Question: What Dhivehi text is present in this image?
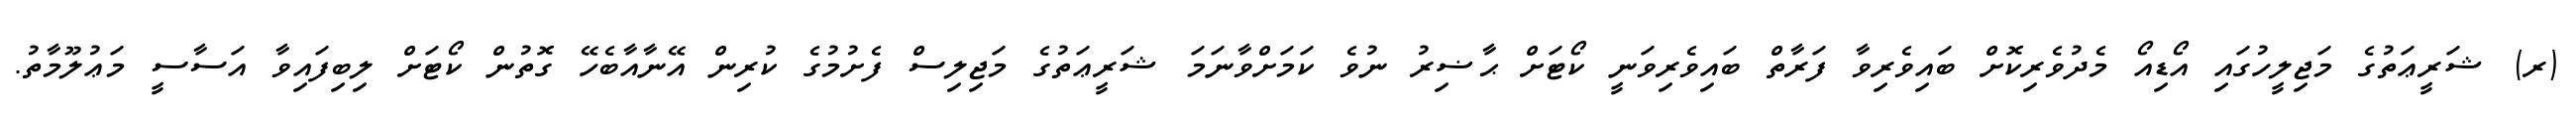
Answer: (ރ) ޝަރީޢަތުގެ މަޖިލީހުގައި އޯޑިއޯ މެދުވެރިކޮށް ބައިވެރިވާ ފަރާތް ބައިވެރިވަނީ ކޯޓަށް ޙާޟިރު ނުވެ ކަމަށްވާނަމަ ޝަރީޢަތުގެ މަޖިލިސް ފެށުމުގެ ކުރިން އޭނާއާބެހޭ ގޮތުން ކޯޓަށް ލިބިފައިވާ އަސާސީ މަޢުލޫމާތު.